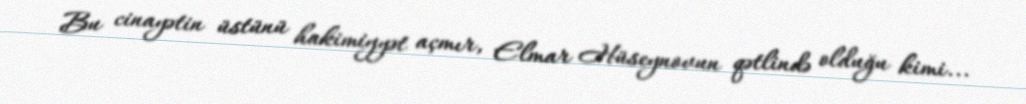
Bu cinayətin üstünü hakimiyyət açmır, Elmar Hüseynovun qətlində olduğu kimi...